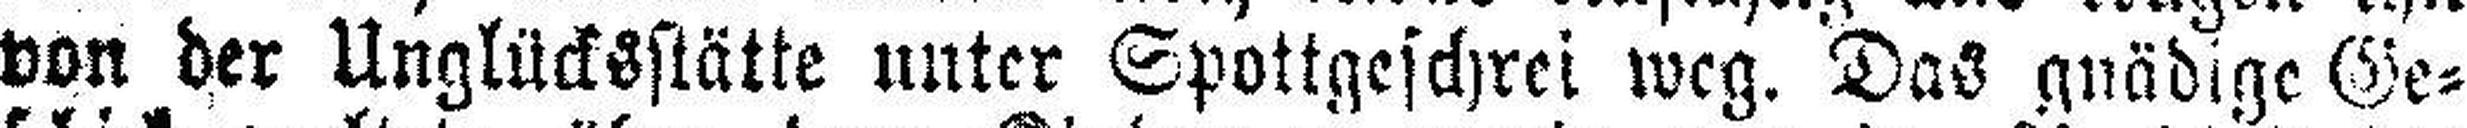
von der Unglücksstätte unter Spottgeschrei weg. Das gnädige Ge¬